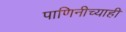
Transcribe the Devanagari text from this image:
पाणिनीच्याही